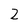
Character: 2